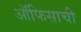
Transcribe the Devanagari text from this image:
ऑफिसाची